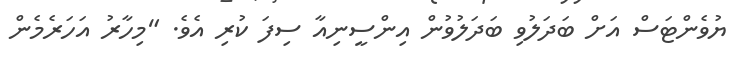
ޔުވެންޓަސް އަށް ބަދަލުވި ބަދަލުވުން އިންސީނިއާ ސިފަ ކުރި އެވެ. "މިހާރު އަހަރެމެން